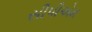
સીપીએમ